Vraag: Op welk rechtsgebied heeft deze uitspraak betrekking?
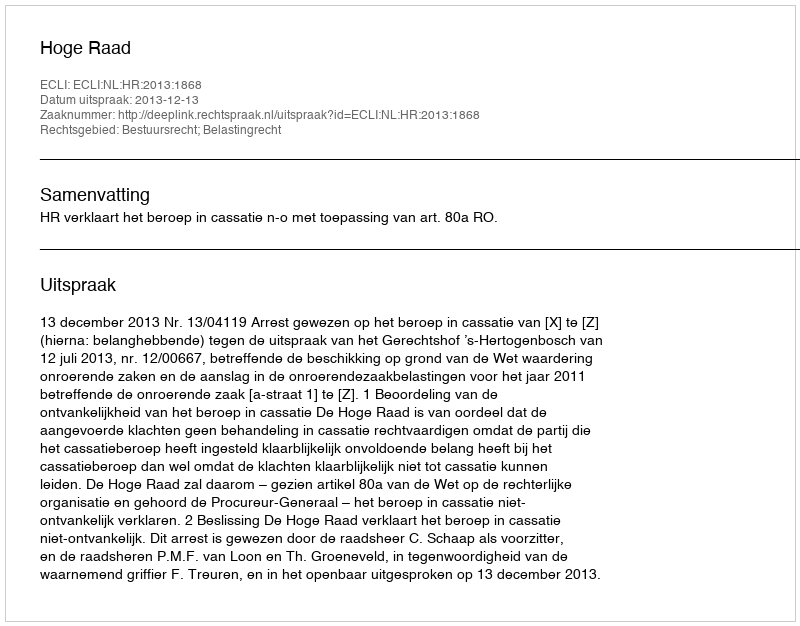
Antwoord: Bestuursrecht; Belastingrecht